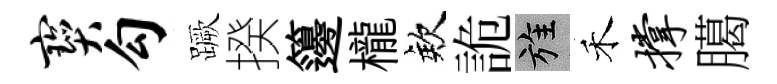
宝勾蹶揆籩櫳欸詭旌禾撑臈